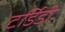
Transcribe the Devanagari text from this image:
टर्डिडी